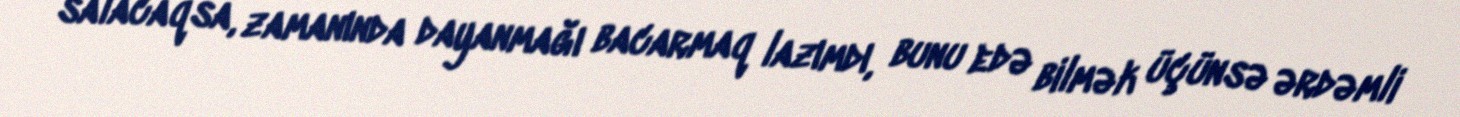
salacaqsa, zamanında dayanmağı bacarmaq lazımdı, bunu edə bilmək üçünsə ərdəmli